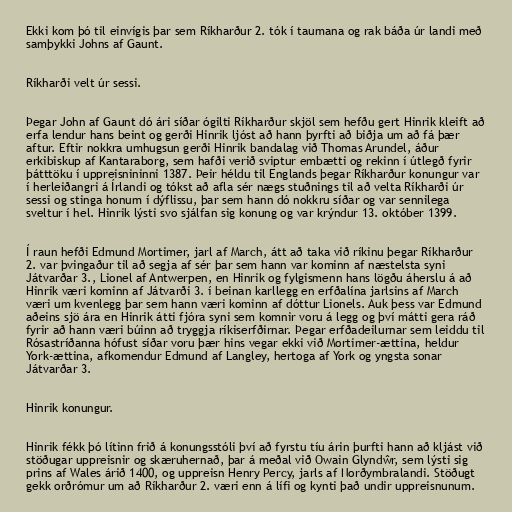
Ekki kom þó til einvígis þar sem Ríkharður 2. tók í taumana og rak báða úr landi með
samþykki Johns af Gaunt.

Ríkharði velt úr sessi.

Þegar John af Gaunt dó ári síðar ógilti Ríkharður skjöl sem hefðu gert Hinrik kleift að
erfa lendur hans beint og gerði Hinrik ljóst að hann þyrfti að biðja um að fá þær
aftur. Eftir nokkra umhugsun gerði Hinrik bandalag við Thomas Arundel, áður
erkibiskup af Kantaraborg, sem hafði verið sviptur embætti og rekinn í útlegð fyrir
þátttöku í uppreisnininni 1387. Þeir héldu til Englands þegar Ríkharður konungur var
í herleiðangri á Írlandi og tókst að afla sér nægs stuðnings til að velta Ríkharði úr
sessi og stinga honum í dýflissu, þar sem hann dó nokkru síðar og var sennilega
sveltur í hel. Hinrik lýsti svo sjálfan sig konung og var krýndur 13. október 1399.

Í raun hefði Edmund Mortimer, jarl af March, átt að taka við ríkinu þegar Ríkharður
2. var þvingaður til að segja af sér þar sem hann var kominn af næstelsta syni
Játvarðar 3., Lionel af Antwerpen, en Hinrik og fylgismenn hans lögðu áherslu á að
Hinrik væri kominn af Játvarði 3. í beinan karllegg en erfðalína jarlsins af March
væri um kvenlegg þar sem hann væri kominn af dóttur Lionels. Auk þess var Edmund
aðeins sjö ára en Hinrik átti fjóra syni sem komnir voru á legg og því mátti gera ráð
fyrir að hann væri búinn að tryggja ríkiserfðirnar. Þegar erfðadeilurnar sem leiddu til
Rósastríðanna hófust síðar voru þær hins vegar ekki við Mortimer-ættina, heldur
York-ættina, afkomendur Edmund af Langley, hertoga af York og yngsta sonar
Játvarðar 3.

Hinrik konungur.

Hinrik fékk þó lítinn frið á konungsstóli því að fyrstu tíu árin þurfti hann að kljást við
stöðugar uppreisnir og skæruhernað, þar á meðal við Owain Glyndŵr, sem lýsti sig
prins af Wales árið 1400, og uppreisn Henry Percy, jarls af Norðymbralandi. Stöðugt
gekk orðrómur um að Ríkharður 2. væri enn á lífi og kynti það undir uppreisnunum.